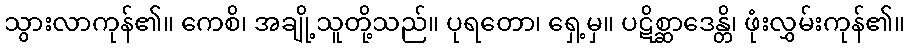
သွားလာကုန်၏။ ကေစိ၊ အချို့သူတို့သည်။ ပုရတော၊ ရှေ့မှ။ ပဋိစ္ဆာဒေန္တိ၊ ဖုံးလွှမ်းကုန်၏။